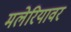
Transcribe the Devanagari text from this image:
मलेरियावर